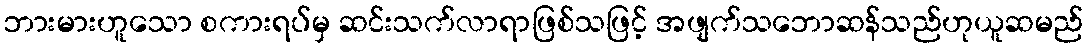
ဘားမားဟူသော စကားရပ်မှ ဆင်းသက်လာရာဖြစ်သဖြင့် အဖျက်သဘောဆန်သည်ဟုယူဆမည်